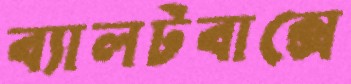
ব্যালটবাক্সে